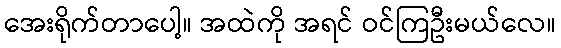
အေးရိုက်တာပေါ့။ အထဲကို အရင် ဝင်ကြဦးမယ်လေ။